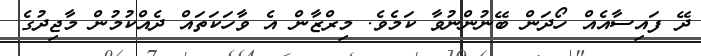
ދޭ ފައިސާއެއް ހޯދަން ބޭނުންނުވާ ކަމެވެ. މިރްޒާން އެ ވާހަކަތައް ދެއްކުމުން މާޖިދުގެ